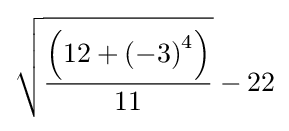
{\sqrt {\left(12+\left(-3\right)^{4}\right) \over 11}}-22